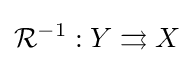
{\mathcal {R}}^{-1}:Y\rightrightarrows X